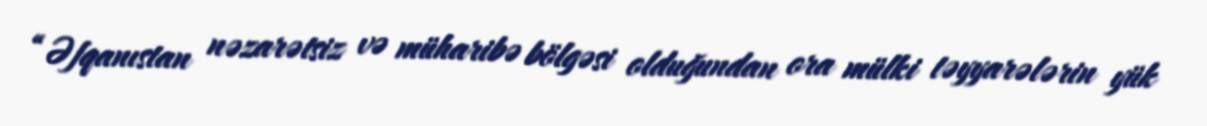
“Əfqanıstan nəzarətsiz və müharibə bölgəsi olduğundan ora mülki təyyarələrin yük